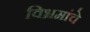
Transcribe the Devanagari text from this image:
विभ्रमांचे